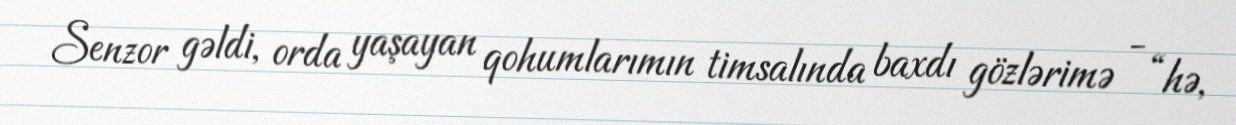
Senzor gəldi, orda yaşayan qohumlarımın timsalında baxdı gözlərimə - “hə,